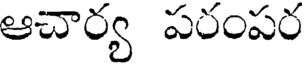
ఆచార్య పరంపర